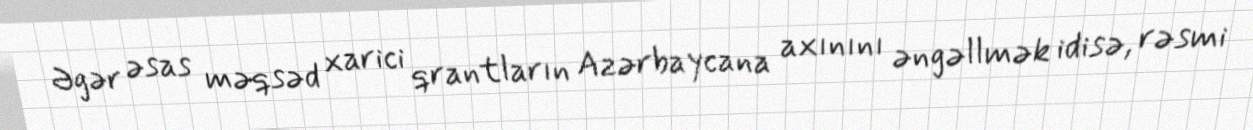
Əgər əsas məqsəd xarici qrantların Azərbaycana axınını əngəllmək idisə, rəsmi